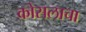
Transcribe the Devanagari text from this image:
कोसलाचा